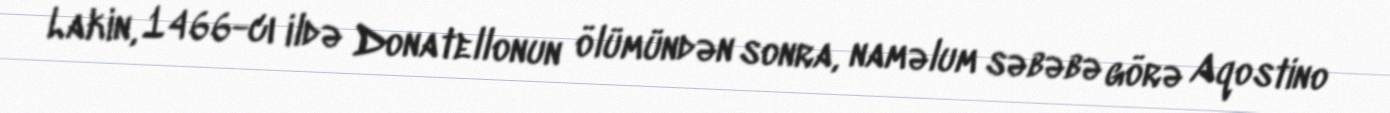
Lakin, 1466-cı ildə Donatellonun ölümündən sonra, naməlum səbəbə görə Aqostino